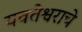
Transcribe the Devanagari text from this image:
यवतेश्वराचे